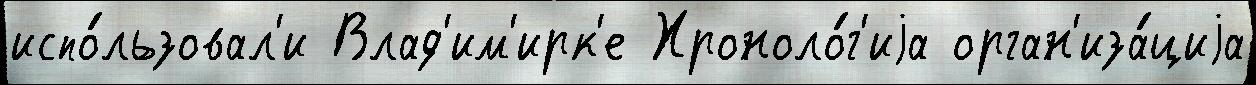
испо́льзовал'и Влад'им'ирк'е Хроноло́г'иjа орган'иза́циjа